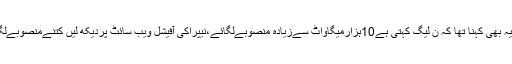
ان کا یہ بھی کہنا تھا کہ ن لیگ کہتی ہے10ہزارمیگاواٹ سےزیادہ منصوبےلگائے،نیپراکی آفیشل ویب سائٹ پردیکھ لیں کتنےمنصوبےلگائے؟